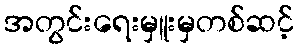
အတွင်းရေးမှူးမှတစ်ဆင့်